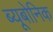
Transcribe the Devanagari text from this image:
ब्यूबोनिक